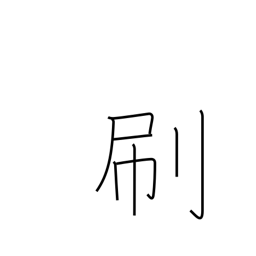
Meaning: brush